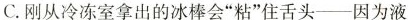
C.刚从冷冻室拿出的冰棒会”粘”住舌头--因为液